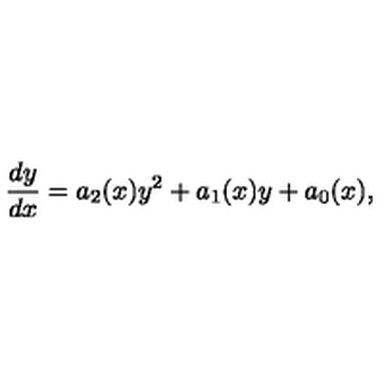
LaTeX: \frac { d y } { d x } = a _ { 2 } ( x ) y ^ { 2 } + a _ { 1 } ( x ) y + a _ { 0 } ( x ) ,